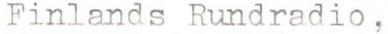
Finlands Rundradio ,